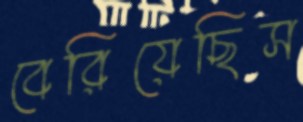
বেরিয়েছিস